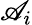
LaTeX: \mathscr{A}_{i}